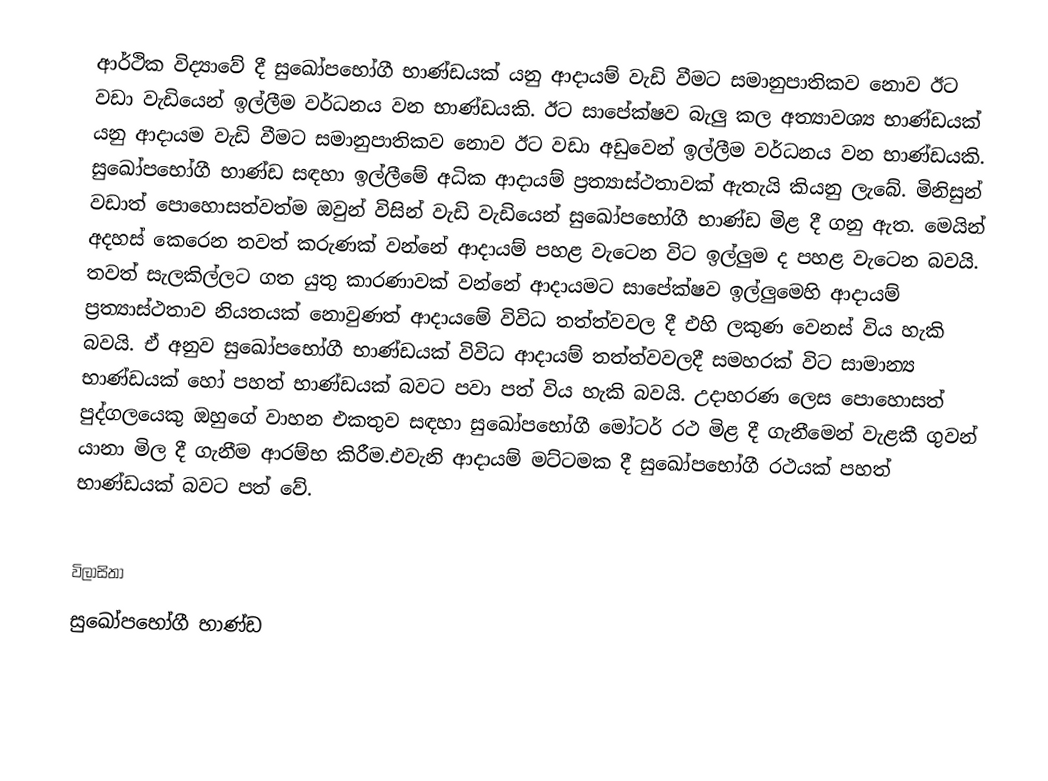
ආර්ථික විද්‍යාවේ දී සුඛෝපභෝගී භාණ්ඩයක් යනු ආදායම් වැඩි වීමට සමානුපාතිකව නොව ඊට වඩා වැඩියෙන් ඉල්ලීම වර්ධනය වන භාණ්ඩයකි. ඊට සාපේක්ෂව බැලු කල අත්‍යාවශ්‍ය භාණ්ඩයක් යනු ආදායම වැඩි වීමට සමානුපාතිකව නොව ඊට වඩා අඩුවෙන් ඉල්ලීම වර්ධනය වන භාණ්ඩයකි. සුඛෝපභෝගී භාණ්ඩ සඳහා ඉල්ලීමේ අධික ආදායම් ප්‍රත්‍යාස්ථතාවක් ඇතැයි කියනු ලැබේ. මිනිසුන් වඩාත් පොහොසත්වත්ම ඔවුන් විසින් වැඩි වැඩියෙන් සුඛෝපභෝගී භාණ්ඩ මිළ දී ගනු ඇත. මෙයින් අදහස් කෙරෙන තවත් කරුණක් වන්නේ ආදායම් පහළ වැටෙන විට ඉල්ලුම ද පහළ වැටෙන බවයි. තවත් සැලකිල්ලට ගත යුතු කාරණාවක් වන්නේ ආදායමට සාපේක්ෂව ඉල්ලුමෙහි ආදායම් ප්‍රත්‍යාස්ථතාව නියතයක් නොවුණත් ආදායමේ විවිධ තත්ත්වවල දී එහි ලකුණ වෙනස් විය හැකි බවයි. ඒ අනුව සුඛෝපභෝගී භාණ්ඩයක් විවිධ ආදායම් තත්ත්වවලදී සමහරක් විට සාමාන්‍ය භාණ්ඩයක් හෝ පහත් භාණ්ඩයක් බවට පවා පත් විය හැකි බවයි. උදාහරණ ලෙස පොහොසත් පුද්ගලයෙකු ඔහුගේ වාහන එකතුව සඳහා සුඛෝපභෝගී මෝටර් රථ මිළ දී ගැනීමෙන් වැළකී ගුවන් යානා මිල දී ගැනීම ආරම්භ කිරීම.එවැනි ආදායම් මට්ටමක දී සුඛෝපභෝගී රථයක් පහත් භාණ්ඩයක් බවට පත් වේ.

විලාසිතා
සුඛෝපභෝගී භාණ්ඩ